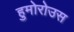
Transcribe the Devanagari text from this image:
हुमोरोउस